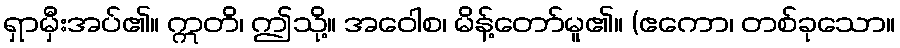
ရှာမှီးအပ်၏။ ဣတိ၊ ဤသို့။ အဝေါစ၊ မိန့်တော်မူ၏။ (ဧကော၊ တစ်ခုသော။